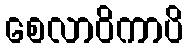
စေလာဝိကာပိ